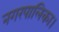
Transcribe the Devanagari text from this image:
नगरपालिका।